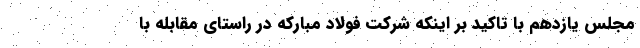
مجلس یازدهم با تاکید بر اینکه شرکت فولاد مبارکه در راستای مقابله با